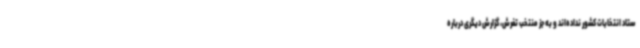
ستاد انتخابات کشور نداده‌اند و به جز منتخب تفرش، گزارش دیگری درباره